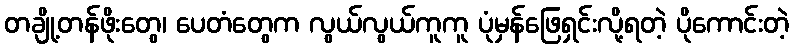
တချို့တန်ဖိုးတွေ၊ ပေတံတွေက လွယ်လွယ်ကူကူ ပုံမှန်ဖြေရှင်းလို့ရတဲ့ ပိုကောင်းတဲ့